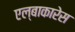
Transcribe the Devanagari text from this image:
एल्बाकारेस